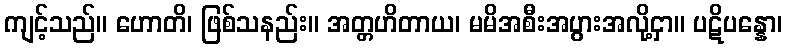
ကျင့်သည်။ ဟောတိ၊ ဖြစ်သနည်း။ အတ္တဟိတာယ၊ မမိအစီးအပွားအလို့ငှာ။ ပဋိပန္နော၊